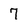
Character: 7